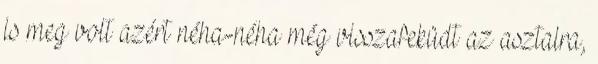
is meg volt azért néha-néha még visszafeküdt az asztalra,